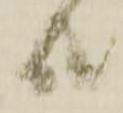
共